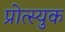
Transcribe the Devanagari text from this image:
प्रोत्स्युक